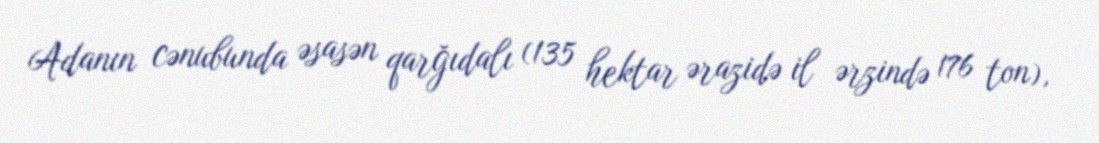
Adanın cənubunda əsasən qarğıdalı (135 hektar ərazidə il ərzində 176 ton),